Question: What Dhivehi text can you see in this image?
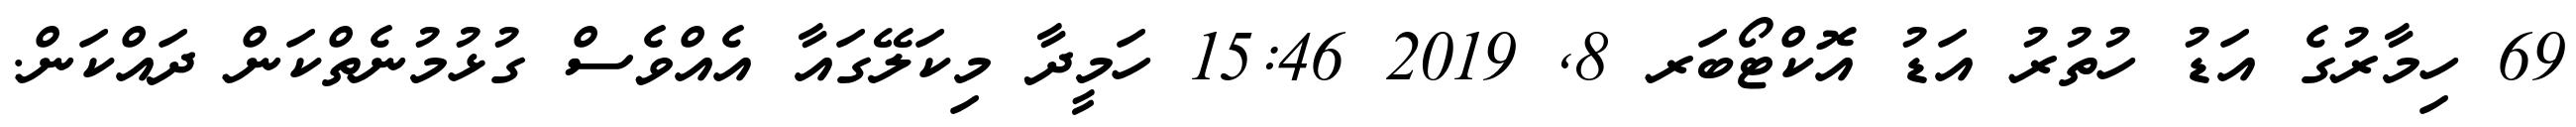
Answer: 69 ހިމާރުގެ އަޑު ހުތުރު އަޑު އޮކްޓޯބަރ 8, 2019 15:46 ހަމީދާ މިކަލޭގައާ އެއްވެސް ގުޅުމުނެތްކަން ދައްކަން.